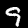
Label: 9